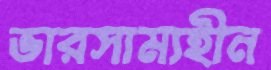
ভারসাম্যহীন